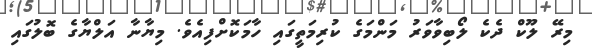
މިރޭ ލޫކް ދެކެ ލޯބިވާވަރު މަންމަގެ ކުރިމަތީގައި ހާމަކޮށްފިއެވެ. މިޔާނާ އަލްޔާގެ ބޮލުގައި